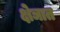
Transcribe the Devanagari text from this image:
क्षेञात